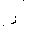
Letter: _zay